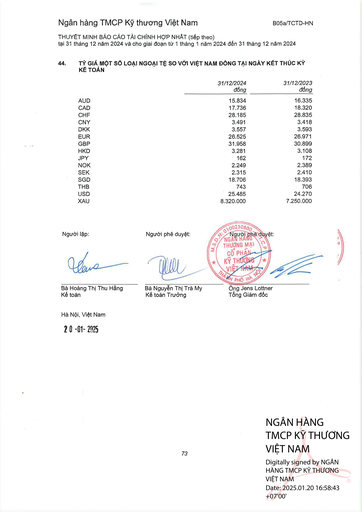
||31/12/2024 đồng|31/12/2023 đồng| |---|---|---| |AUD|15.834|16.335| |CAD|17.736|18.320| |CHF|28.185|28.835| |CNY|3.491|3.418| |DKK|3.557|3.593| |EUR|26.525|26.971| |GBP|31.958|30.899| |HKD|3.281|3.108| |JPY|162|172| |NOK|2.249|2.389| |SEK|2.315|2.410| |SGD|18.706|18.393| |THB|743|706| |USD|25.485|24.270| |XAU|8.320.000|7.250.000|